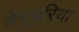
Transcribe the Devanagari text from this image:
तेनुगुरिया